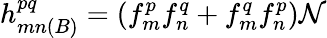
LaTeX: h_{mn(B)}^{pq}=(f_{m}^{p}f_{n}^{q}+f_{m}^{q}f_{n}^{p})\mathcal{N}